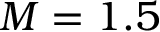
M = 1 . 5